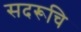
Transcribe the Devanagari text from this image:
सदरूचि